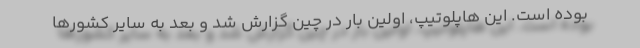
بوده است. این هاپلوتیپ، اولین بار در چین گزارش شد و بعد به سایر کشورها